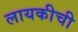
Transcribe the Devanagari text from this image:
लायकीची